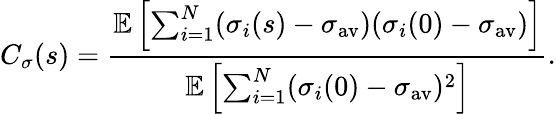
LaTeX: C_{\sigma}(s)=\frac{\mathbb{E}\left[\sum_{i=1}^{N}(\sigma_{i}(s)-\sigma_{\mathrm{av}})(\sigma_{i}(0)-\sigma_{\mathrm{av}})\right]}{\mathbb{E}\left[\sum_{i=1}^{N}(\sigma_{i}(0)-\sigma_{\mathrm{av}})^{2}\right]}.